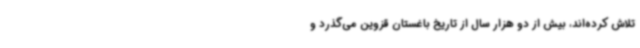
تلاش کرده‌اند، بیش از دو هزار سال از تاریخ باغستان قزوین می‌گذرد و